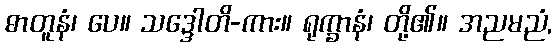
ဓာတူနံ၊ ပေ။ သဒ္ဒေါတိ-ကား။ ရုက္ခာနံ၊ တို့၏။ အညမညံ,